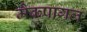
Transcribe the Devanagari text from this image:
मैकपागल